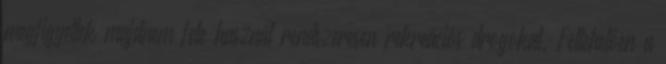
megfigyeltek majdnem fele használ rendszeresen rekreációs drogokat. Feltehetően a